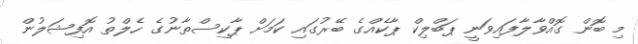
މި ބޮން ގޮއްވާލާފައިވަނީ ޕަބްލިކް ޕާކެއްގެ ބޭރުގައި ކަމަށް ޕާކިސްތާނުގެ ހެލްތު އޮފިޝަލުން